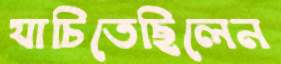
যাচিতেছিলেন